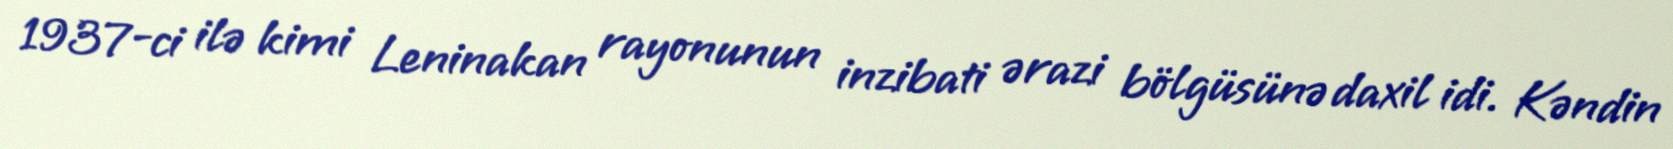
1937-ci ilə kimi Leninakan rayonunun inzibati ərazi bölgüsünə daxil idi. Kəndin